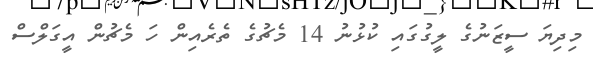
މިދިޔަ ސީޒަނުގެ ލީގުގައި ކުޅުނު 14 މެޗުގެ ތެރެއިން ހަ މެޗުން އީގަލްސް